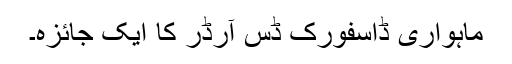
ماہواری ڈاسفورک ڈس آرڈر کا ایک جائزہ۔